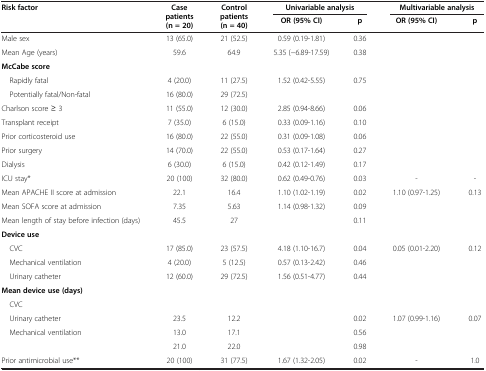
<table><thead><tr><td rowspan="2"><b>Risk factor</b></td><td rowspan="2"><b>Case patients (n = 20)</b></td><td rowspan="2"><b>Control patients (n = 40)</b></td><td colspan="2"><b>Univariable analysis</b></td><td colspan="2"><b>Multivariable analysis</b></td></tr><tr><td><b>OR (95% CI)</b></td><td><b>p</b></td><td><b>OR (95% CI)</b></td><td><b>p</b></td></tr></thead><tbody><tr><td>Male sex</td><td>13 (65.0)</td><td>21 (52.5)</td><td>0.59 (0.19-1.81)</td><td>0.36</td><td> </td><td> </td></tr><tr><td>Mean Age (years)</td><td>59.6</td><td>64.9</td><td>5.35 (−6.89-17.59)</td><td>0.38</td><td> </td><td> </td></tr><tr><td><b>McCabe score</b></td><td> </td><td> </td><td> </td><td> </td><td> </td><td> </td></tr><tr><td> Rapidly fatal</td><td>4 (20.0)</td><td>11 (27.5)</td><td>1.52 (0.42-5.55)</td><td>0.75</td><td> </td><td> </td></tr><tr><td> Potentially fatal/Non-fatal</td><td>16 (80.0)</td><td>29 (72.5)</td><td> </td><td> </td><td> </td><td> </td></tr><tr><td>Charlson score ≥ 3</td><td>11 (55.0)</td><td>12 (30.0)</td><td>2.85 (0.94-8.66)</td><td>0.06</td><td> </td><td> </td></tr><tr><td>Transplant receipt</td><td>7 (35.0)</td><td>6 (15.0)</td><td>0.33 (0.09-1.16)</td><td>0.10</td><td> </td><td> </td></tr><tr><td>Prior corticosteroid use</td><td>16 (80.0)</td><td>22 (55.0)</td><td>0.31 (0.09-1.08)</td><td>0.06</td><td> </td><td> </td></tr><tr><td>Prior surgery</td><td>14 (70.0)</td><td>22 (55.0)</td><td>0.53 (0.17-1.64)</td><td>0.27</td><td> </td><td> </td></tr><tr><td>Dialysis</td><td>6 (30.0)</td><td>6 (15.0)</td><td>0.42 (0.12-1.49)</td><td>0.17</td><td> </td><td> </td></tr><tr><td>ICU stay*</td><td>20 (100)</td><td>32 (80.0)</td><td>0.62 (0.49-0.76)</td><td>0.03</td><td>-</td><td>-</td></tr><tr><td>Mean APACHE II score at admission</td><td>22.1</td><td>16.4</td><td>1.10 (1.02-1.19)</td><td>0.02</td><td>1.10 (0.97-1.25)</td><td>0.13</td></tr><tr><td>Mean SOFA score at admission</td><td>7.35</td><td>5.63</td><td>1.14 (0.98-1.32)</td><td>0.09</td><td> </td><td> </td></tr><tr><td>Mean length of stay before infection (days)</td><td>45.5</td><td>27</td><td> </td><td>0.11</td><td> </td><td> </td></tr><tr><td><b>Device use</b></td><td> </td><td> </td><td> </td><td> </td><td> </td><td> </td></tr><tr><td> CVC</td><td>17 (85.0)</td><td>23 (57.5)</td><td>4.18 (1.10-16.7)</td><td>0.04</td><td>0.05 (0.01-2.20)</td><td>0.12</td></tr><tr><td> Mechanical ventilation</td><td>4 (20.0)</td><td>5 (12.5)</td><td>0.57 (0.13-2.42)</td><td>0.46</td><td rowspan="2"> </td><td rowspan="2"> </td></tr><tr><td> Urinary catheter</td><td>12 (60.0)</td><td>29 (72.5)</td><td>1.56 (0.51-4.77)</td><td>0.44</td></tr><tr><td><b>Mean device use (days)</b></td><td> </td><td> </td><td> </td><td> </td><td> </td><td> </td></tr><tr><td> CVC</td><td> </td><td> </td><td> </td><td> </td><td> </td><td> </td></tr><tr><td> Urinary catheter</td><td>23.5</td><td>12.2</td><td> </td><td>0.02</td><td>1.07 (0.99-1.16)</td><td>0.07</td></tr><tr><td rowspan="2"> Mechanical ventilation</td><td>13.0</td><td>17.1</td><td> </td><td>0.56</td><td rowspan="2"> </td><td rowspan="2"> </td></tr><tr><td>21.0</td><td>22.0</td><td> </td><td>0.98</td></tr><tr><td>Prior antimicrobial use**</td><td>20 (100)</td><td>31 (77.5)</td><td>1.67 (1.32-2.05)</td><td>0.02</td><td>-</td><td>1.0</td></tr></tbody></table>